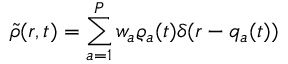
\tilde { \rho } ( r , t ) = \sum _ { a = 1 } ^ { P } w _ { a } \varrho _ { a } ( t ) \delta ( r - { q } _ { a } ( t ) )